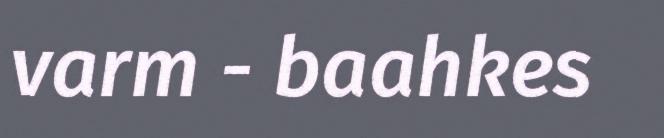
varm - baahkes